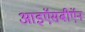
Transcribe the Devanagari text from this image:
आइऍसबीऍन